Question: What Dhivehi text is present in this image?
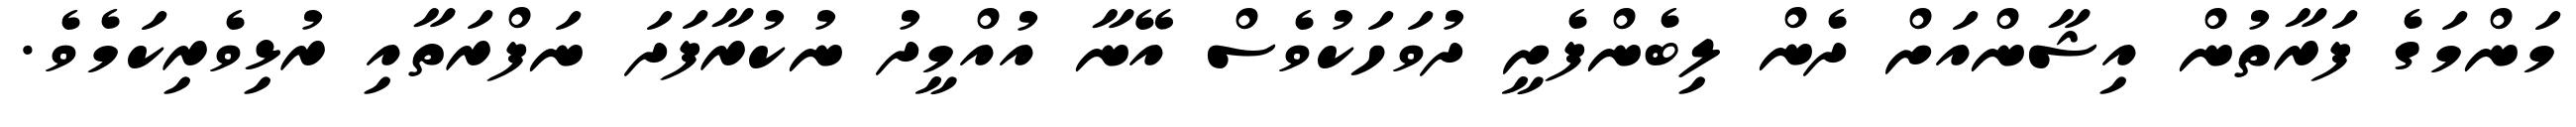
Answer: މަންމަގެ ފަރާތުން އިޝާންއަށް ދެން ލިބެންފެށީ ދުވަހަކުވެސް އޭނާ އުއްމީދު ނުކުރާފަދަ ނަފްރަތާއި ރުޅިވެރިކަމެވެ.